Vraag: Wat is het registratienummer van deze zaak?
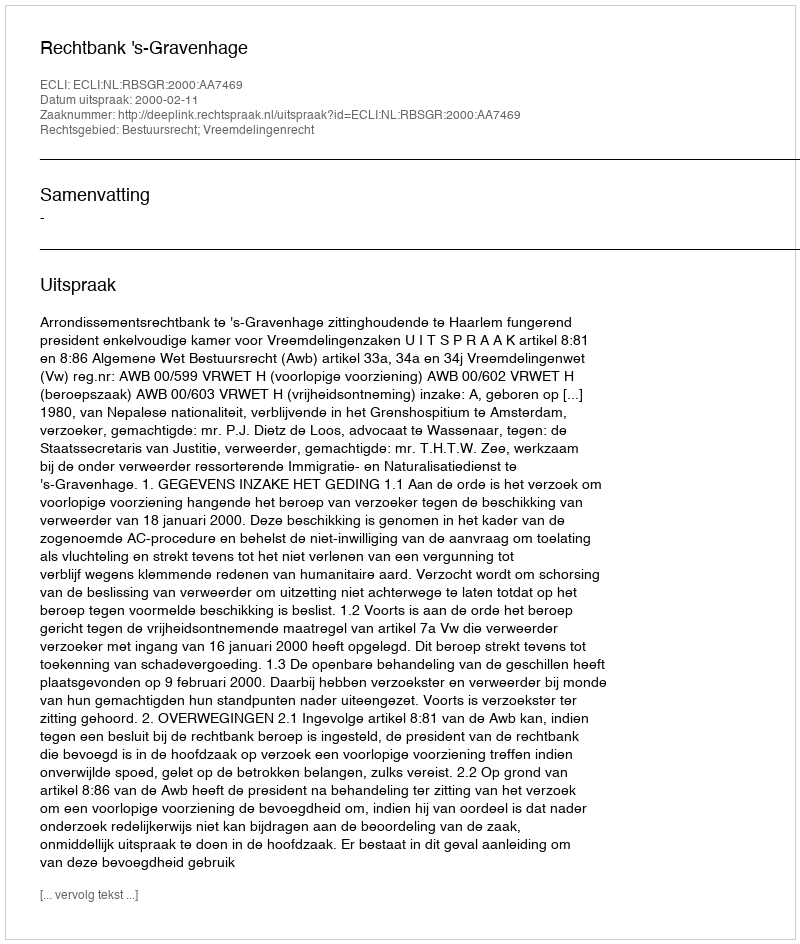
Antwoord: http://deeplink.rechtspraak.nl/uitspraak?id=ECLI:NL:RBSGR:2000:AA7469